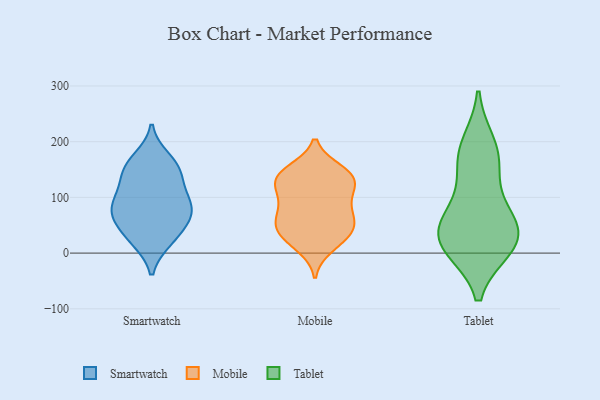
{"axis": {"x": "Satisfaction Score", "y": "Value"}, "legend": ["Mobile", "Smartwatch", "Tablet"], "data": [{"x": "", "y": 25, "type": "Smartwatch"}, {"x": "", "y": 77, "type": "Smartwatch"}, {"x": "", "y": 69, "type": "Smartwatch"}, {"x": "", "y": 96, "type": "Smartwatch"}, {"x": "", "y": 150, "type": "Smartwatch"}, {"x": "", "y": 23, "type": "Smartwatch"}, {"x": "", "y": 85, "type": "Smartwatch"}, {"x": "", "y": 69, "type": "Smartwatch"}, {"x": "", "y": 152, "type": "Smartwatch"}, {"x": "", "y": 109, "type": "Smartwatch"}, {"x": "", "y": 45, "type": "Smartwatch"}, {"x": "", "y": 140, "type": "Smartwatch"}, {"x": "", "y": 169, "type": "Smartwatch"}, {"x": "", "y": 144, "type": "Mobile"}, {"x": "", "y": 85, "type": "Mobile"}, {"x": "", "y": 120, "type": "Mobile"}, {"x": "", "y": 143, "type": "Mobile"}, {"x": "", "y": 149, "type": "Mobile"}, {"x": "", "y": 138, "type": "Mobile"}, {"x": "", "y": 11, "type": "Mobile"}, {"x": "", "y": 105, "type": "Mobile"}, {"x": "", "y": 121, "type": "Mobile"}, {"x": "", "y": 60, "type": "Mobile"}, {"x": "", "y": 21, "type": "Mobile"}, {"x": "", "y": 83, "type": "Mobile"}, {"x": "", "y": 50, "type": "Mobile"}, {"x": "", "y": 130, "type": "Mobile"}, {"x": "", "y": 36, "type": "Mobile"}, {"x": "", "y": 68, "type": "Mobile"}, {"x": "", "y": 43, "type": "Mobile"}, {"x": "", "y": 40, "type": "Mobile"}, {"x": "", "y": 35, "type": "Tablet"}, {"x": "", "y": 13, "type": "Tablet"}, {"x": "", "y": 195, "type": "Tablet"}, {"x": "", "y": 156, "type": "Tablet"}, {"x": "", "y": 49, "type": "Tablet"}, {"x": "", "y": 174, "type": "Tablet"}, {"x": "", "y": 50, "type": "Tablet"}, {"x": "", "y": 15, "type": "Tablet"}, {"x": "", "y": 10, "type": "Tablet"}, {"x": "", "y": 89, "type": "Tablet"}]}